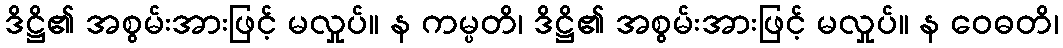
ဒိဋ္ဌိ၏ အစွမ်းအားဖြင့် မလှုပ်။ န ကမ္ပတိ၊ ဒိဋ္ဌိ၏ အစွမ်းအားဖြင့် မလှုပ်။ န ဝေဓတိ၊